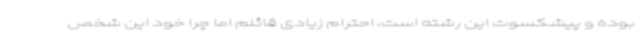
بوده و پیشکسوت این رشته است، احترام زیادی قائلم اما چرا خود این شخص